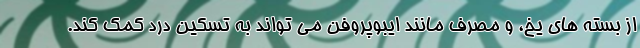
از بسته های یخ، و مصرف مانند ایبوپروفن می تواند به تسکین درد کمک کند.